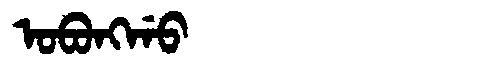
Manchu: ᠣᠪᠣᠩᡤᠣ
Romanization: OBONGGO